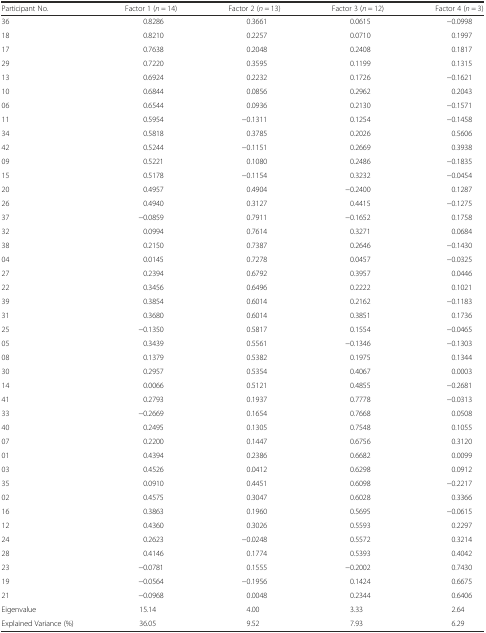
<table><thead><tr><td><b>Participant No.</b></td><td><b>Factor 1 (<i>n</i> = 14)</b></td><td><b>Factor 2 (<i>n</i> = 13)</b></td><td><b>Factor 3 (<i>n</i> = 12)</b></td><td><b>Factor 4 (<i>n</i> = 3)</b></td></tr></thead><tbody><tr><td>36</td><td>0.8286</td><td>0.3661</td><td>0.0615</td><td>−0.0998</td></tr><tr><td>18</td><td>0.8210</td><td>0.2257</td><td>0.0710</td><td>0.1997</td></tr><tr><td>17</td><td>0.7638</td><td>0.2048</td><td>0.2408</td><td>0.1817</td></tr><tr><td>29</td><td>0.7220</td><td>0.3595</td><td>0.1199</td><td>0.1315</td></tr><tr><td>13</td><td>0.6924</td><td>0.2232</td><td>0.1726</td><td>−0.1621</td></tr><tr><td>10</td><td>0.6844</td><td>0.0856</td><td>0.2962</td><td>0.2043</td></tr><tr><td>06</td><td>0.6544</td><td>0.0936</td><td>0.2130</td><td>−0.1571</td></tr><tr><td>11</td><td>0.5954</td><td>−0.1311</td><td>0.1254</td><td>−0.1458</td></tr><tr><td>34</td><td>0.5818</td><td>0.3785</td><td>0.2026</td><td>0.5606</td></tr><tr><td>42</td><td>0.5244</td><td>−0.1151</td><td>0.2669</td><td>0.3938</td></tr><tr><td>09</td><td>0.5221</td><td>0.1080</td><td>0.2486</td><td>−0.1835</td></tr><tr><td>15</td><td>0.5178</td><td>−0.1154</td><td>0.3232</td><td>−0.0454</td></tr><tr><td>20</td><td>0.4957</td><td>0.4904</td><td>−0.2400</td><td>0.1287</td></tr><tr><td>26</td><td>0.4940</td><td>0.3127</td><td>0.4415</td><td>−0.1275</td></tr><tr><td>37</td><td>−0.0859</td><td>0.7911</td><td>−0.1652</td><td>0.1758</td></tr><tr><td>32</td><td>0.0994</td><td>0.7614</td><td>0.3271</td><td>0.0684</td></tr><tr><td>38</td><td>0.2150</td><td>0.7387</td><td>0.2646</td><td>−0.1430</td></tr><tr><td>04</td><td>0.0145</td><td>0.7278</td><td>0.0457</td><td>−0.0325</td></tr><tr><td>27</td><td>0.2394</td><td>0.6792</td><td>0.3957</td><td>0.0446</td></tr><tr><td>22</td><td>0.3456</td><td>0.6496</td><td>0.2222</td><td>0.1021</td></tr><tr><td>39</td><td>0.3854</td><td>0.6014</td><td>0.2162</td><td>−0.1183</td></tr><tr><td>31</td><td>0.3680</td><td>0.6014</td><td>0.3851</td><td>0.1736</td></tr><tr><td>25</td><td>−0.1350</td><td>0.5817</td><td>0.1554</td><td>−0.0465</td></tr><tr><td>05</td><td>0.3439</td><td>0.5561</td><td>−0.1346</td><td>−0.1303</td></tr><tr><td>08</td><td>0.1379</td><td>0.5382</td><td>0.1975</td><td>0.1344</td></tr><tr><td>30</td><td>0.2957</td><td>0.5354</td><td>0.4067</td><td>0.0003</td></tr><tr><td>14</td><td>0.0066</td><td>0.5121</td><td>0.4855</td><td>−0.2681</td></tr><tr><td>41</td><td>0.2793</td><td>0.1937</td><td>0.7778</td><td>−0.0313</td></tr><tr><td>33</td><td>−0.2669</td><td>0.1654</td><td>0.7668</td><td>0.0508</td></tr><tr><td>40</td><td>0.2495</td><td>0.1305</td><td>0.7548</td><td>0.1055</td></tr><tr><td>07</td><td>0.2200</td><td>0.1447</td><td>0.6756</td><td>0.3120</td></tr><tr><td>01</td><td>0.4394</td><td>0.2386</td><td>0.6682</td><td>0.0099</td></tr><tr><td>03</td><td>0.4526</td><td>0.0412</td><td>0.6298</td><td>0.0912</td></tr><tr><td>35</td><td>0.0910</td><td>0.4451</td><td>0.6098</td><td>−0.2217</td></tr><tr><td>02</td><td>0.4575</td><td>0.3047</td><td>0.6028</td><td>0.3366</td></tr><tr><td>16</td><td>0.3863</td><td>0.1960</td><td>0.5695</td><td>−0.0615</td></tr><tr><td>12</td><td>0.4360</td><td>0.3026</td><td>0.5593</td><td>0.2297</td></tr><tr><td>24</td><td>0.2623</td><td>−0.0248</td><td>0.5572</td><td>0.3214</td></tr><tr><td>28</td><td>0.4146</td><td>0.1774</td><td>0.5393</td><td>0.4042</td></tr><tr><td>23</td><td>−0.0781</td><td>0.1555</td><td>−0.2002</td><td>0.7430</td></tr><tr><td>19</td><td>−0.0564</td><td>−0.1956</td><td>0.1424</td><td>0.6675</td></tr><tr><td>21</td><td>−0.0968</td><td>0.0048</td><td>0.2344</td><td>0.6406</td></tr><tr><td>Eigenvalue</td><td>15.14</td><td>4.00</td><td>3.33</td><td>2.64</td></tr><tr><td>Explained Variance (%)</td><td>36.05</td><td>9.52</td><td>7.93</td><td>6.29</td></tr></tbody></table>